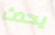
يحدث